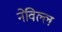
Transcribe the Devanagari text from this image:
नेविल्ल